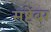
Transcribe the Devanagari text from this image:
सष्टेंबर